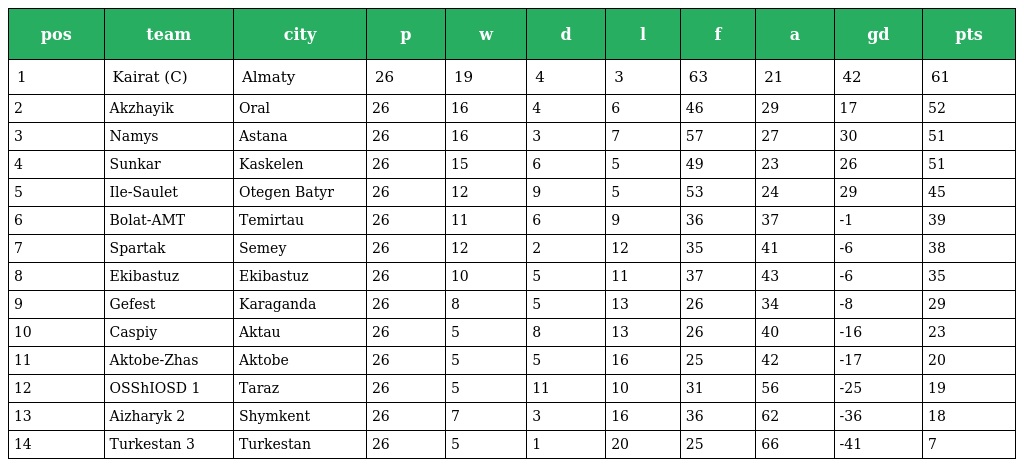
| pos | team | city | p | w | d | l | f | a | gd | pts |
 | --- | --- | --- | --- | --- | --- | --- | --- | --- | --- | --- |
 | 1 | Kairat (C) | Almaty | 26 | 19 | 4 | 3 | 63 | 21 | 42 | 61 |
 | 2 | Akzhayik | Oral | 26 | 16 | 4 | 6 | 46 | 29 | 17 | 52 |
 | 3 | Namys | Astana | 26 | 16 | 3 | 7 | 57 | 27 | 30 | 51 |
 | 4 | Sunkar | Kaskelen | 26 | 15 | 6 | 5 | 49 | 23 | 26 | 51 |
 | 5 | Ile-Saulet | Otegen Batyr | 26 | 12 | 9 | 5 | 53 | 24 | 29 | 45 |
 | 6 | Bolat-AMT | Temirtau | 26 | 11 | 6 | 9 | 36 | 37 | -1 | 39 |
 | 7 | Spartak | Semey | 26 | 12 | 2 | 12 | 35 | 41 | -6 | 38 |
 | 8 | Ekibastuz | Ekibastuz | 26 | 10 | 5 | 11 | 37 | 43 | -6 | 35 |
 | 9 | Gefest | Karaganda | 26 | 8 | 5 | 13 | 26 | 34 | -8 | 29 |
 | 10 | Caspiy | Aktau | 26 | 5 | 8 | 13 | 26 | 40 | -16 | 23 |
 | 11 | Aktobe-Zhas | Aktobe | 26 | 5 | 5 | 16 | 25 | 42 | -17 | 20 |
 | 12 | OSShIOSD 1 | Taraz | 26 | 5 | 11 | 10 | 31 | 56 | -25 | 19 |
 | 13 | Aizharyk 2 | Shymkent | 26 | 7 | 3 | 16 | 36 | 62 | -36 | 18 |
 | 14 | Turkestan 3 | Turkestan | 26 | 5 | 1 | 20 | 25 | 66 | -41 | 7 |